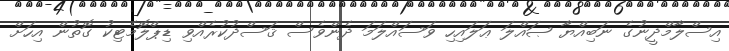
އިސްލާމްދީނުގެ ނަބިއްޔާ ޞައްލަ ޢަލައިހި ވަސައްލަމަ ދެންވެސް ޤަސްދުކުރެއްވި ޑިޕްލޮމެޓިކު ގޮތުން އިހަށް